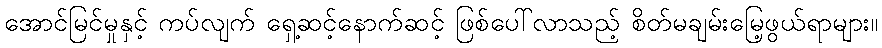
အောင်မြင်မှုနှင့် ကပ်လျက် ရှေ့ဆင့်နောက်ဆင့် ဖြစ်ပေါ်လာသည့် စိတ်မချမ်းမြေ့ဖွယ်ရာများ။